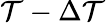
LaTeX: \mathcal{T}-\Delta\mathcal{T}